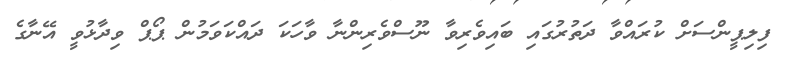
ފިލިޕީންސަށް ކުރައްވާ ދަތުރުގައި ބައިވެރިވާ ނޫސްވެރިންނާ ވާހަކަ ދައްކަވަމުން ޕޯޕް ވިދާޅުވީ އޭނާގެ